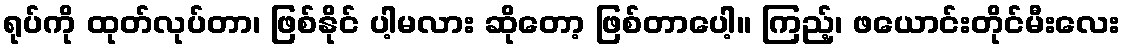
ရုပ်ကို ထုတ်လုပ်တာ၊ ဖြစ်နိုင် ပါ့မလား ဆိုတော့ ဖြစ်တာပေါ့။ ကြည့်၊ ဖယောင်းတိုင်မီးလေး